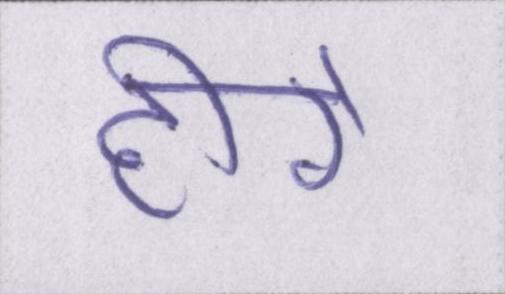
हीरे